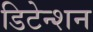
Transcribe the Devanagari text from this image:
डिटेन्शन